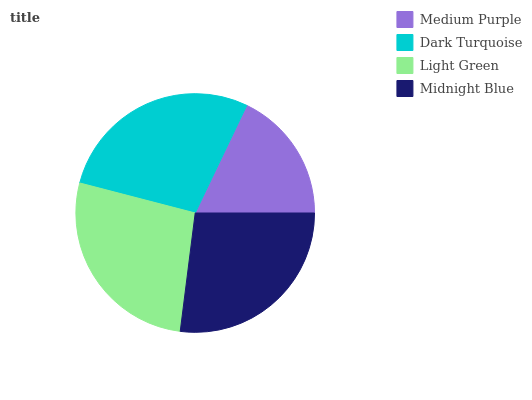
| Medium Purple | Dark Turquoise | Light Green | Midnight Blue |
 | --- | --- | --- | --- |
 | 17.8% | 28% | 27.1% | 27.1% |